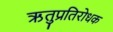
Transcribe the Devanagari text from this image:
ऋतुप्रतिरोधक